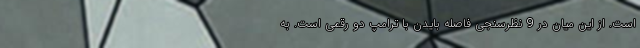
است. از این میان در 9 نظرسنجی فاصله بایدن با ترامپ دو رقمی است. به